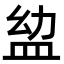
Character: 𥁒